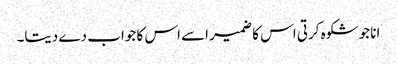
انا جو شکوہ کرتی اس کا ضمیر اسے اس کا جواب دے دیتا۔